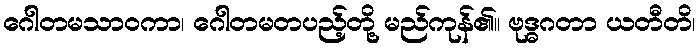
ဂေါတမသာဝကာ၊ ဂေါတမတပည့်တို့ မည်ကုန်၏။ ဗုဒ္ဓဂတာ ယတီတိ၊